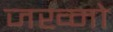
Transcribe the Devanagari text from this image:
जख्मो